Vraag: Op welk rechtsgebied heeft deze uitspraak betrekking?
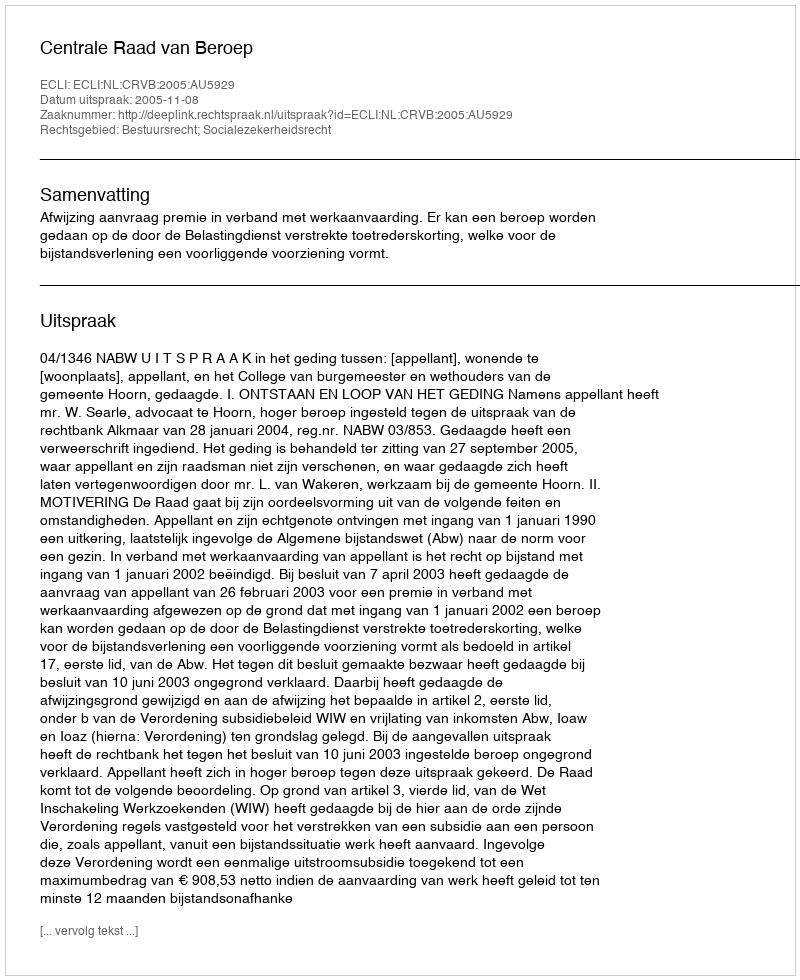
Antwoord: Bestuursrecht; Socialezekerheidsrecht